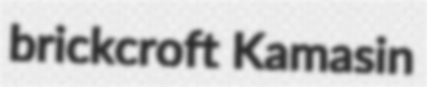
brickcroft Kamasin